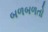
બળબળતો